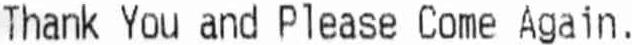
THANK YOU AND PLEASE COME AGAIN.